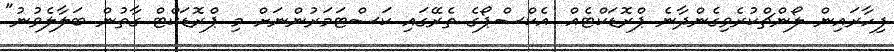
ފިހާރައިން ލޯންޗްކުރެވިގެންދާނެ ޕްރޮޑަކްޓެއް. އެކްސްޕޯގެ ތެރޭގައި ކަސްޓަމަރުންނަށް މި ޕްރޮޑަކްޓް ގާތުން ބަލާލެވުނު"